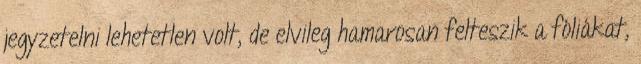
jegyzetelni lehetetlen volt, de elvileg hamarosan felteszik a fóliákat,